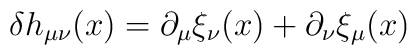
\delta h_{\mu\nu}(x)=\partial_{\mu}\xi_{\nu}(x)+\partial_{\nu}\xi_{\mu}(x)